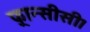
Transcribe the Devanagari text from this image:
फ़्रान्सीसी।